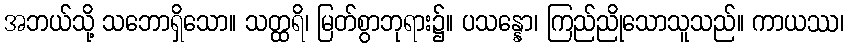
အဘယ်သို့ သဘောရှိသော။ သတ္ထရိ၊ မြတ်စွာဘုရား၌။ ပသန္နော၊ ကြည်ညိုသောသူသည်။ ကာယဿ၊